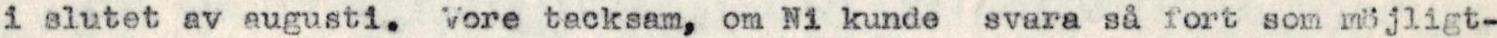
i slutet av augusti.  Vore tacksam, om Ni kunde svara så fort som möjligt-